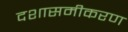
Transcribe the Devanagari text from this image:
दशासमीकरण